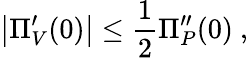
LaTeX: \left|\Pi_{V}^{\prime}(0)\right|\leq{\frac{1}{2}}\Pi_{P}^{\prime\prime}(0)\ ,